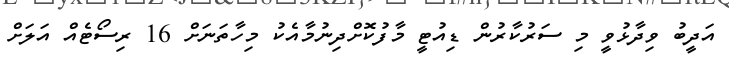
އަދީބު ވިދާޅުވީ މި ސަރުކާރުން ޑިއުޓީ މާފުކޮށްދިނުމާއެކު މިހާތަނަށް 16 ރިސޯޓެއް އަލަށް